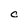
Character: C